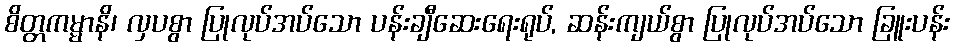
စိတ္တကမ္မာနိ၊ လှပစွာ ပြုလုပ်အပ်သော ပန်းချီဆေးရေးရုပ်, ဆန်းကျယ်စွာ ပြုလုပ်အပ်သော ခြူးပန်း